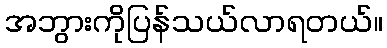
အဘွားကိုပြန်သယ်လာရတယ်။